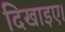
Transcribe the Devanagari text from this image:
दिखाइए।